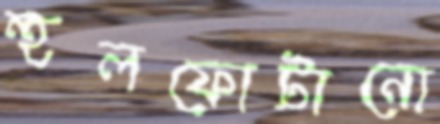
হুলফোটানো